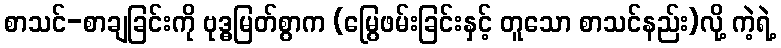
စာသင်-စာချခြင်းကို ဗုဒ္ဓမြတ်စွာက (မြွေဖမ်းခြင်းနှင့် တူသော စာသင်နည်း)လို့ ကဲ့ရဲ့